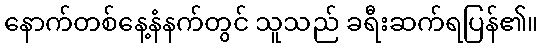
နောက်တစ်နေ့နံနက်တွင် သူသည် ခရီးဆက်ရပြန်၏။